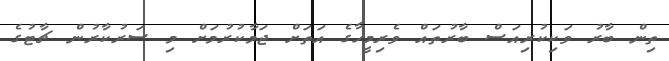
ތިން ބާރު ވަކިކުރިއަސް ބާރުތައް ވެރިމީހާގެ އަތަށް ޖަމާކުރުމަށް މި ސަރުކާރުން ޗާޓުގެ